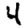
Digit: 4